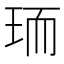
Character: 𭹄